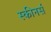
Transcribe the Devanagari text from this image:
स्कीनर्स